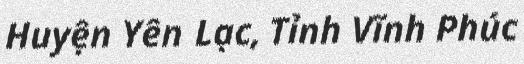
Huyện Yên Lạc, Tỉnh Vĩnh Phúc